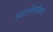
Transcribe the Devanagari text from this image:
गया।निगमीकरण